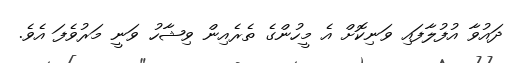
ދައުވާ އުފުލާފައި ވަނިކޮށް އެ މީހުންގެ ތެރެއިން ވިޝާހު ވަނީ މަރުވެފަ އެވެ.